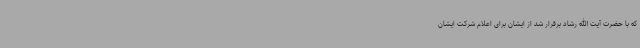
که با حضرت آیت الله رشاد برقرار شد از ایشان برای اعلام شرکت ایشان